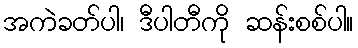
အကဲခတ်ပါ၊ ဒီပါတီကို ဆန်းစစ်ပါ။